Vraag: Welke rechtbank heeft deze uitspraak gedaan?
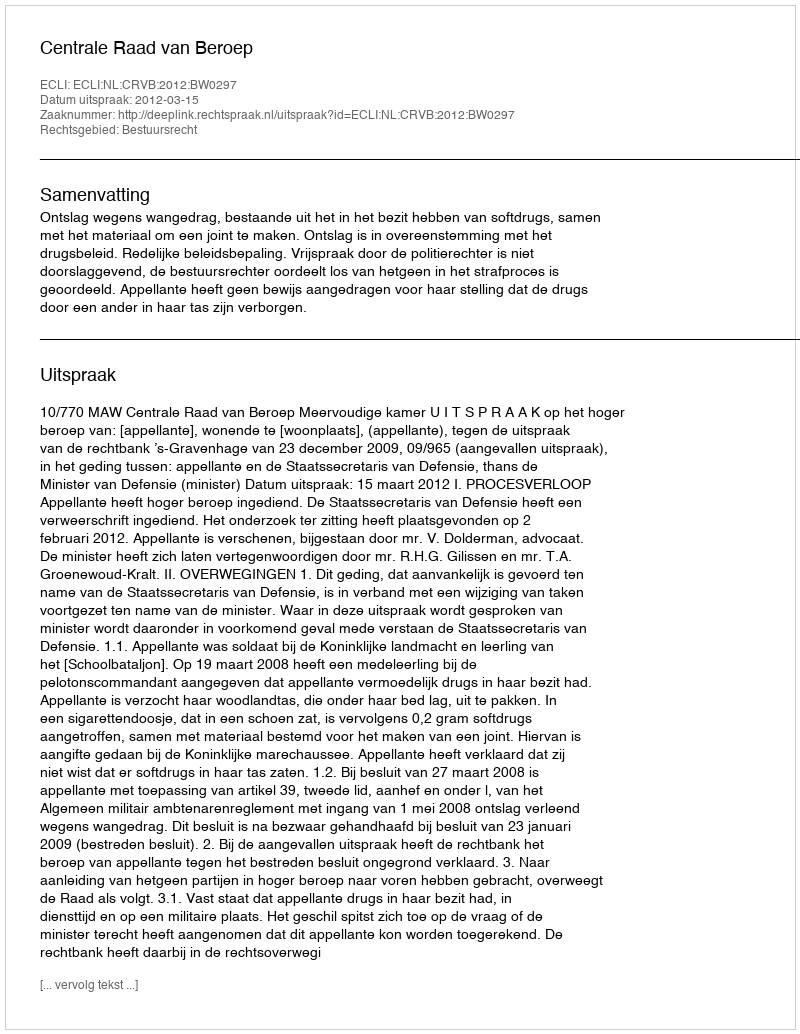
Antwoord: Centrale Raad van Beroep